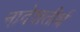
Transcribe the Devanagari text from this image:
नादेशतीर्थ